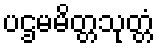
ပဌမမိတ္တသုတ္တံ